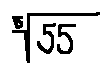
\sqrt [ 5 ] { 5 5 }